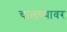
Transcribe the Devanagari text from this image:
चालण्यावर